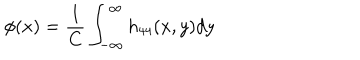
\phi ( x ) = \frac { 1 } { C } \int _ { - \infty } ^ { \infty } h _ { 4 4 } ( x , y ) d y